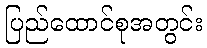
ပြည်ထောင်စုအတွင်း